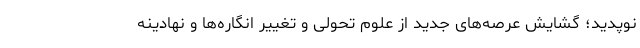
نوپدید؛ گشایش عرصه‌های جدید از علوم تحولی و تغییر انگاره­ها و نهادینه